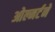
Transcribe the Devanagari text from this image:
ओल्मर्टने